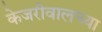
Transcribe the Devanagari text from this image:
केजरीवालच्या